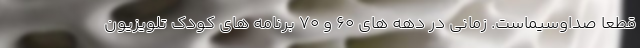
قطعا صداوسیماست. زمانی در دهه های ۶۰ و ۷۰ برنامه های کودک تلویزیون